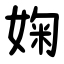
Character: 婅